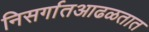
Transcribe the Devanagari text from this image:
निसर्गातआढळतात